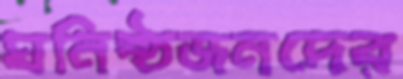
ঘনিষ্ঠজনদের